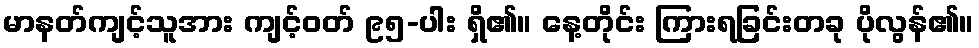
မာနတ်ကျင့်သူအား ကျင့်ဝတ် ၉၅-ပါး ရှိ၏။ နေ့တိုင်း ကြားရခြင်းတခု ပိုလွန်၏။